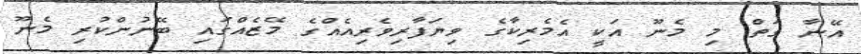
އޭނާ ގަތް މި މެނޫ އަކީ އެމެރިކާގެ ވިޔަފާރިވެރިއެއްގެ މޭޒެއްގައި ބޭނުންކުރި މެނޫ